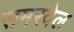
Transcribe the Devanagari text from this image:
समरवेल